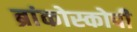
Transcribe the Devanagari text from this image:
ब्रांकोस्कोपी